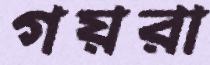
গয়রা